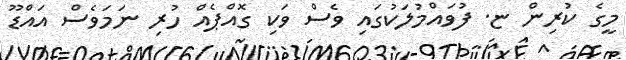
މީގެ ކުރިން ޏ. ފުވައްމުލަކުގައި ވެސް ވަކި ގޮއްޕެއް ހުރި ނަމަވެސް އައްޑޫ